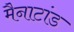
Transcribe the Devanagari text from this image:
मैनाटांड